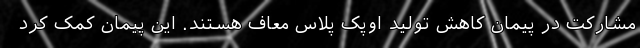
مشارکت در پیمان کاهش تولید اوپک پلاس معاف هستند. این پیمان کمک کرد